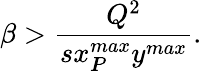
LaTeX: \beta>\frac{Q^{2}}{sx_{I\! \! P}^{max}y^{max}}.